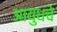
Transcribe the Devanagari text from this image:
आयुधचे